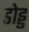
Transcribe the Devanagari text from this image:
डोड्ड